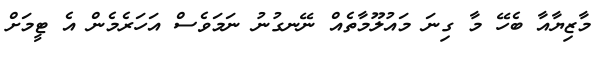
މާޒިޔާއާ ބެހޭ މާ ގިނަ މައުލޫމާތެއް ނޭނގުނު ނަމަވެސް އަހަރެމެން އެ ޓީމަށް